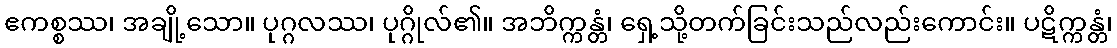
ဧကစ္စဿ၊ အချို့သော။ ပုဂ္ဂလဿ၊ ပုဂ္ဂိုလ်၏။ အဘိက္ကန္တံ၊ ရှေ့သို့တက်ခြင်းသည်လည်းကောင်း။ ပဋိက္ကန္တံ၊